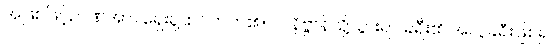
အဖြစ်ဖြင့်ဉာဏ်အား ရှေးရှုထင်တတ်၏။ ဝါ၊ နိဗ္ဗာန်သို့သွားရာ ခရီး၏ အလွဲခရီးဖြစ်၍